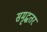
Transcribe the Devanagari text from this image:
समृद्धतर